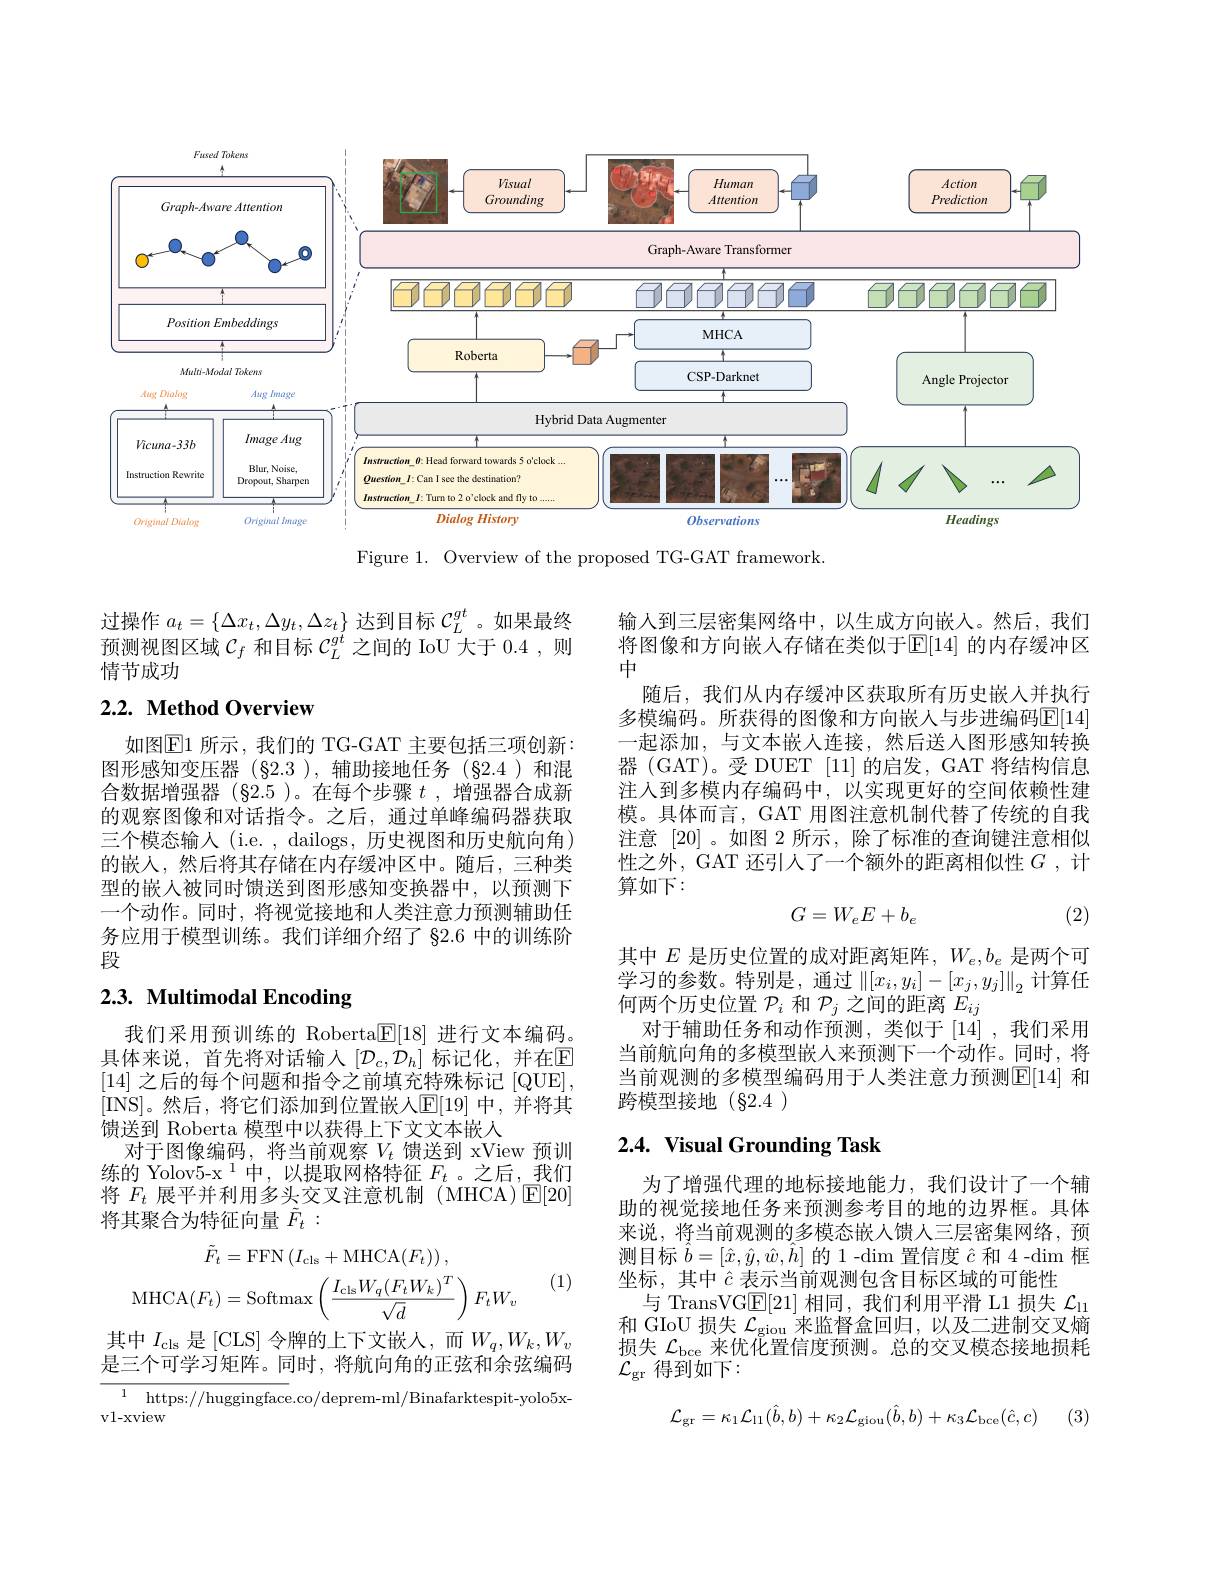
<FigureHere>

Figure 1. Overview of the proposed TG-GAT framework.

过操作$a_t=\{\Delta x_t,\Delta y_t,\Delta z_t\}$达到目标$\mathcal{C}_L^gt$ 。如果最终预测视图区域$\mathcal{C}_f$和目标$\mathcal{C}_L^gt$之间的 IoU 大于 0.4 ,则情节成功

## $2. 2. \textbf{ Method Overview}$

如图$\operatorname{E1}$ 所示，我们的 TG-GAT 主要包括三项创新： 图形感知变压器(§2.3),辅助接地任务(§2.4)和混合数据增强器 (§2.5 )。在每个步骤$t$ ,增强器合成新的观察图像和对话指令。之后，通过单峰编码器获取三个模态输入 (i.e. , dailogs, 历史视图和历史航向角) 的嵌人，然后将其存储在内存缓冲区中。随后，三种类型的嵌人被同时馈送到图形感知变换器中，以预测下一个动作。同时，将视觉接地和人类注意力预测辅助任务应用于模型训练。我们详细介绍了 §2.6 中的训练阶段

# 2.3. Multimodal Encoding

我们采用预训练的 Roberta$\underline{\mathbb{F}}[18]$进行文本编码。具体来说，首先将对话输入$[\mathcal{D}_c,\mathcal{D}_h]$ 标记化，并在$\mathbb{E}$ [14]之后的每个问题和指令之前填充特殊标记[QUE], [INS]。然后，将它们添加到位置嵌人$\mathbb{E}[19]$ 中，并将其馈送到 Roberta 模型中以获得上下文文本嵌人
对于图像编码，将当前观察$V_t$ 馈送到 xView 预训练的 Yolov5-x $^{1}$中，以提取网格特征$F_t$ 。之后，我们将$F_t$展平并利用多头交叉注意机制 (MHCA)$\operatorname{E}[20]$ 将其聚合为特征向量$\tilde{F}_t:$

(1)
$$\begin{aligned}\tilde{F}_{t}&=\mathrm{FFN}\left(I_{\mathrm{cls}}+\mathrm{MHCA}(F_{t})\right),\\\mathrm{MHCA}(F_{t})&=\mathrm{Softmax}\left(\frac{I_{\mathrm{cls}}W_{q}(F_{t}W_{k})^{T}}{\sqrt{d}}\right)F_{t}W_{v}\end{aligned}$$
其中$I_{\mathrm{cls}}$是 [CLS] 令牌的上下文嵌人，而$W_q,W_k,W_v$ 是三个可学习矩阵。同时，将航向角的正弦和余弦编码

${\overline{1\:\mathrm{https:}//\mathrm{huggingface}}.\mathrm{co/deprem-ml/Binafarktespit-yolo5x-}}$
vl-xview

输人到三层密集网络中，以生成方向嵌人。然后，我们将图像和方向嵌人存储在类似于$\mathbb{E}[14]$ 的内存缓冲区中
随后，我们从内存缓冲区获取所有历史嵌人并执行多模编码。所获得的图像和方向嵌人与步进编码$\mathbb{E}[14]$ 一起添加，与文本嵌人连接，然后送入图形感知转换器 (GAT)。受 DUET [11] 的启发，GAT 将结构信息注入到多模内存编码中，以实现更好的空间依赖性建模。具体而言，GAT 用图注意机制代替了传统的自我注意 [20]。如图 2 所示，除了标准的查询键注意相似性之外，GAT 还引人了一个额外的距离相似性$G$,计算如下：
$$G=W_eE+b_e$$
(2)

其中$E$是历史位置的成对距离矩阵，$W_e,b_e$是两个可学习的参数。特别是，通过$\|[x_i,y_i]-[x_j,y_j]\|_2$计算任何两个历史位置$\mathcal{P}_i$和$\mathcal{P}_j$之间的距离$E_ij$
对于辅助任务和动作预测，类似于[14],我们采用当前航向角的多模型嵌人来预测下一个动作。同时，将当前观测的多模型编码用于人类注意力预测$\boxed{\mathrm{E}}[14]$ 和跨模型接地(§2.4)

## $2. 4. \textbf{ Visual Grounding Task}$

为了增强代理的地标接地能力，我们设计了一个辅助的视觉接地任务来预测参考目的地的边界框。具体来说，将当前观测的多模态嵌人馈人三层密集网络，预测目标$\hat{b}=[\hat{x},\hat{y},\hat{w},\hat{h}]$的 1-$\dim$置信度$\hat{c}$和 4-$\dim$框坐标，其中$\hat{c}$表示当前观测包含目标区域的可能性
与 TransVG$\mathbb{E}[21]$相同，我们利用平滑 L1 损失$\mathcal{L}_{\mathrm{ll}}$ 和 GIoU 损失$\mathcal{L}_\mathrm{giou}$来监督盒回归，以及二进制交叉熵损失$\mathcal{L}_\mathrm{bce}$来优化置信度预测。总的交叉模态接地损耗$\mathcal{L}_\mathrm{gr}$ 得到如下：
$$\mathcal{L}_{\mathrm{gr}}=\kappa_{1}\mathcal{L}_{11}(\hat{b},b)+\kappa_{2}\mathcal{L}_{\mathrm{giou}}(\hat{b},b)+\kappa_{3}\mathcal{L}_{\mathrm{bce}}(\hat{c},c)$$
(3